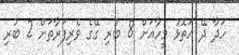
ހަދާ ދޭ އަތޮޅު މީހާއަށް 8 ބުރި ގޭގެ ވެރިފަރާތަށް 2 ބުރި